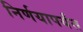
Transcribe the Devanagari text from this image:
निर्णयापर्यंत